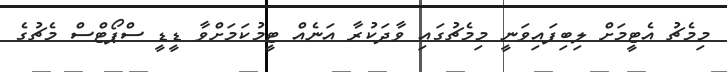
މިމެޗު އެޓީމަށް ލިބިފައިވަނީ މިމެޗުގައި ވާދަކުރާ އަނެއް ޓީމުކަމަށްވާ ޑީޑީ ސްޕޯޓްސް މެޗުގެ